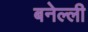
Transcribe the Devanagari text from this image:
बनेल्ली